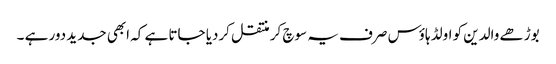
بوڑھے والدین کو اولڈ ہاؤس صرف یہ سوچ کر منتقل کردیا جاتا ہے کہ ابھی جدید دور ہے ۔